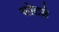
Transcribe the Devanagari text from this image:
सोटडे